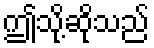
ဤသို့ဆိုသည်